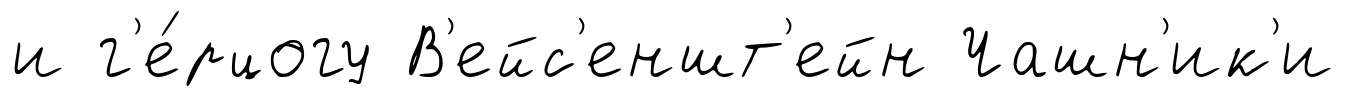
и г'е́рцогу В'ейс'еншт'ейн Чашн'ик'и